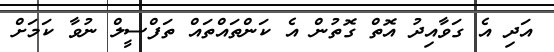
އަދި އެ ގަވާއިދު އޮތް ގޮތުން އެ ކަންތައްތައް ތަފްސީލް ނުވާ ކަމަށް